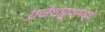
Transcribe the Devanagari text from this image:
राजेशाह्यांमध्ये